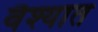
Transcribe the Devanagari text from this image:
वैश्यात